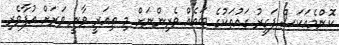
ކޮންމެއަކަސް ފަގީރު ގައުތަކުގެ ބައެއް ވެރިންނަށް މި ތިއަރީ ވާނީ ވަރަށް އުފާވެރި